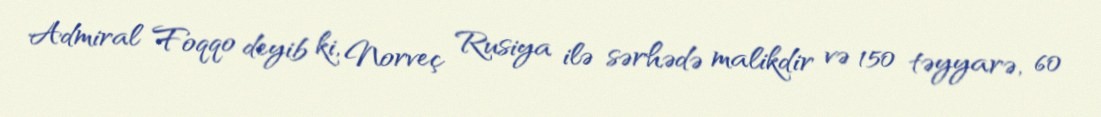
Admiral Foqqo deyib ki, Norveç Rusiya ilə sərhədə malikdir və 150 təyyarə, 60